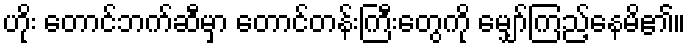
ဟိုး တောင်ဘက်ဆီမှာ တောင်တန်းကြီးတွေကို မျှော်ကြည့်နေမိ၏။